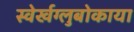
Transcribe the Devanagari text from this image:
स्वेर्खग्लुबोकाया